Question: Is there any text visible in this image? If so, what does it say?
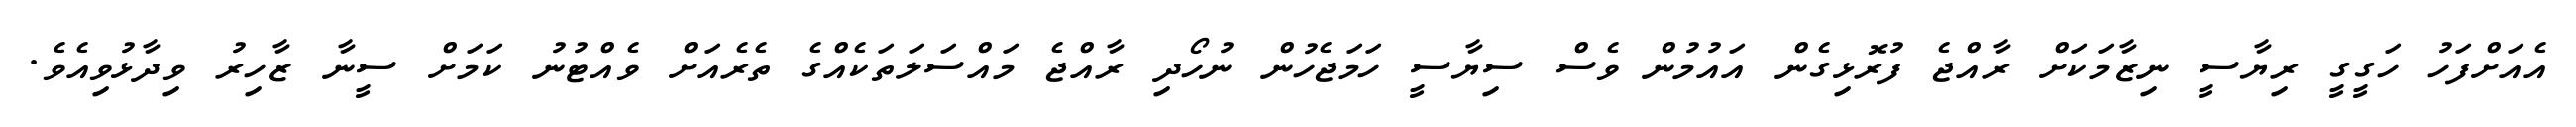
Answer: އެއަށްފަހު ހަގީގީ ރިޔާސީ ނިޒާމަކަށް ރާއްޖެ ފުރޮޅިގެން އައުމުން ވެސް ސިޔާސީ ހަމަޖެހުން ނުހޯދި ރާއްޖެ މައްސަލަތަކެއްގެ ތެރެއަށް ވެއްޓުނު ކަމަށް ސީނާ ޒާހިރު ވިދާޅުވިއެވެ.